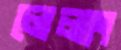
লেলাং